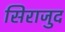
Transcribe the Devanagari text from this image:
सिराजुद